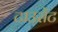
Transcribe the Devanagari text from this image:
टाउसेंट